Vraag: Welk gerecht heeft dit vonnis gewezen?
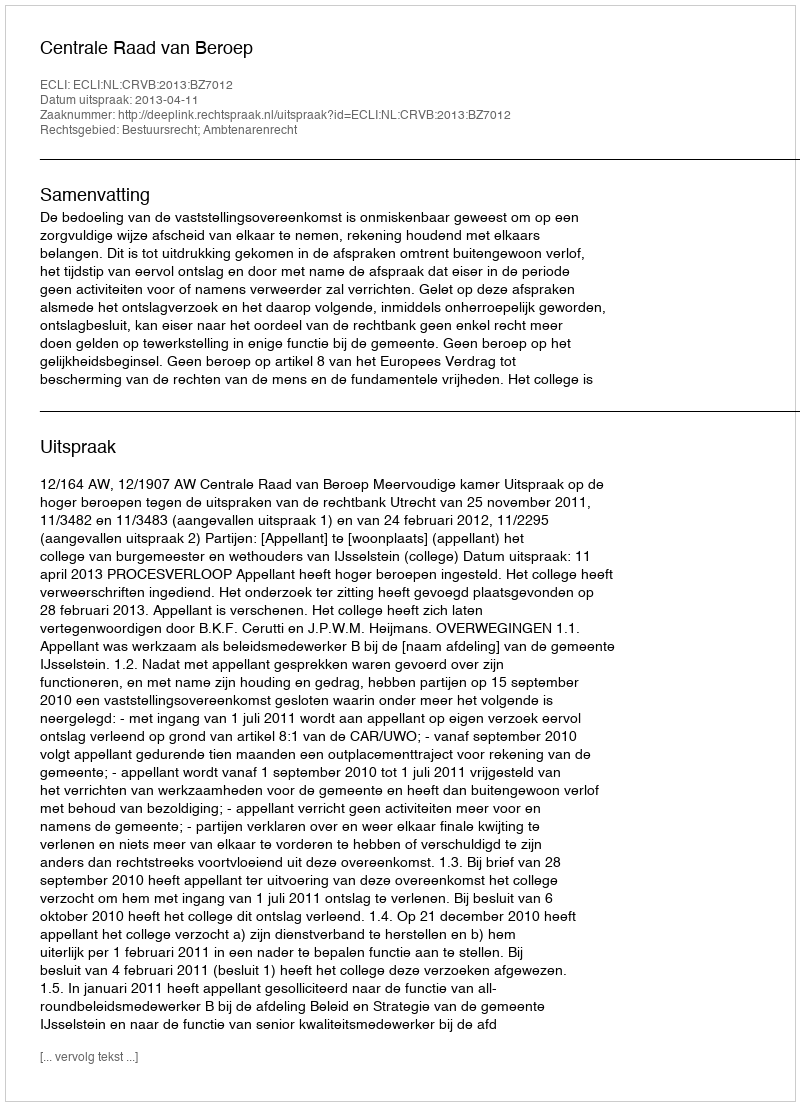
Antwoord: Centrale Raad van Beroep